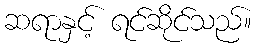
ဆရာနှင့် ရင်ဆိုင်သည်။